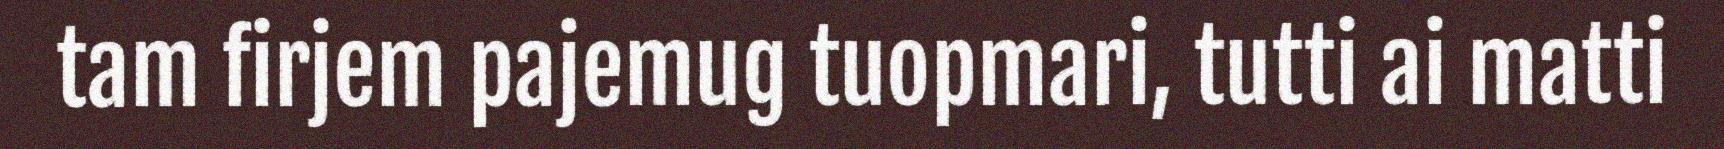
tam firjem pajemug tuopmari, tutti ai matti